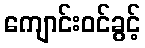
ကျောင်းဝင်ခွင့်